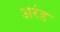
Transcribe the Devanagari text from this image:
अरंड